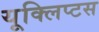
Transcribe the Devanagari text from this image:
यूक्लिप्टस